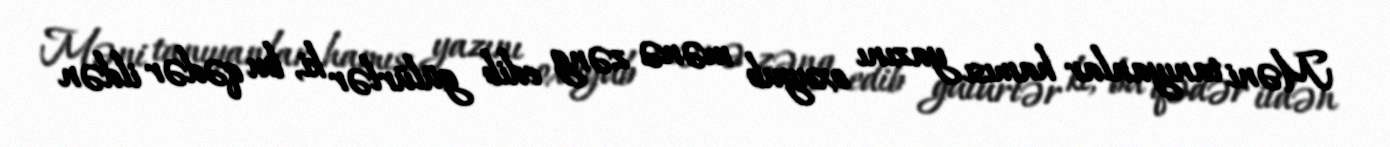
Məni tanıyanlar hamısı yazını oxuyub mənə zəng edib gülürlər ki, bu qədər ildən